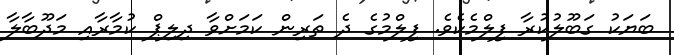
ބަޔަކު ގަބޫލުކުރާ ފިލްމެކެވެ. ފިލްމުގެ ދެ ތަރިން ކަމަށްވާ ދިލިޕް ކުމާރާއި މަދޫބާލާ